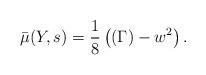
LaTeX: \begin{align*}\bar{\mu}(Y, s) = \dfrac{1}{8}\left( (\Gamma) - w^2 \right).\end{align*}